Vaccination in Bombay 1902-1912 - 1902-1912
Year: 1902
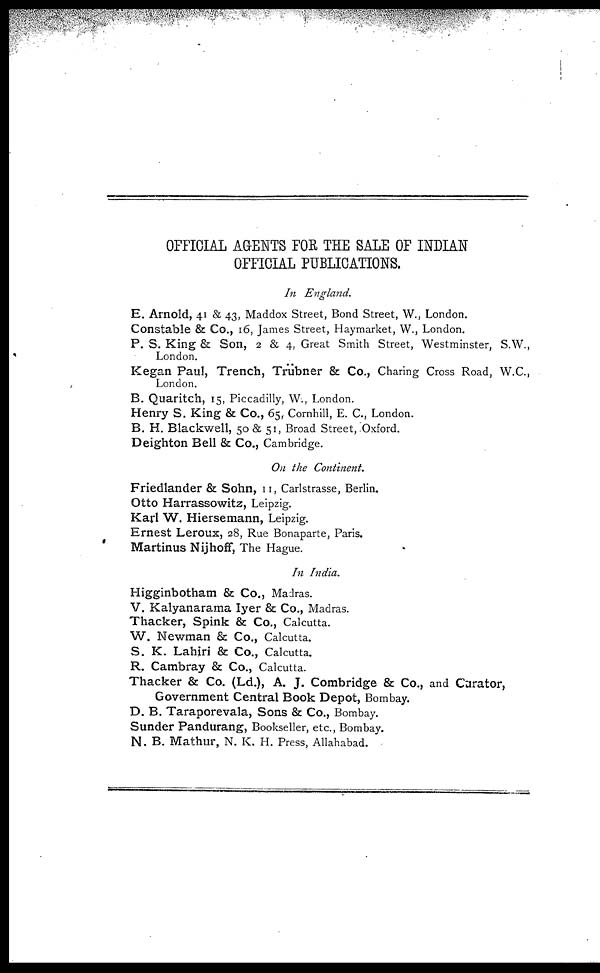
OFFICIAL AGENTS FOR THE SALE OF INDIAN
OFFICIAL PUBLICATIONS.
In England.
E. Arnold, 41 & 43, Maddox Street, Bond Street, W., London.
Constable & Co., 16, James Street, Haymarket, W., London.
P. S. King & Son, 2 & 4, Great Smith Street, Westminster, S.W.,
London.
Kegan Paul, Trench, Trübner & Co., Charing Cross Road, W.C.,
London.
B. Quaritch, 15, Piccadilly, W., London.
Henry S. King & Co., 65, Cornhill, E. C., London.
B. H. Blackwell, 50 & 51, Broad Street, Oxford.
Deighton Bell & Co., Cambridge.
On the Continent.
Friedlander & Sohn, 11, Carlstrasse, Berlin.
Otto Harrassowitz, Leipzig.
Karl W. Hiersemann, Leipzig.
Ernest Leroux, 28, Rue Bonaparte, Paris.
Martinus Nijhoff, The Hague.
In India.
Higginbotham & Co., Madras.
V. Kalyanarama Iyer & Co., Madras.
Thacker, Spink & Co., Calcutta.
W. Newman & Co., Calcutta.
S. K. Lahiri & Co., Calcutta.
R. Cambray & Co., Calcutta.
Thacker & Co. (Ld.), A. J. Combridge & Co., and Curator,
Government Central Book Depot, Bombay.
D. B. Taraporevala, Sons & Co., Bombay.
Sunder Pandurang, Bookseller, etc., Bombay.
N. B. Mathur, N. K. H. Press, Allahabad.